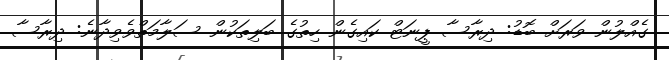
ގެއްލުން ވަރަށް ބޮޑު: ދިރާސާ ޕީނަޓް ކައިގެން ހިތުގެ ބަލިތަކުން ސަލާމަތްވެވިދާނެ: ދިރާސާ